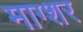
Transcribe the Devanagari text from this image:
माग्शर